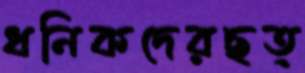
ধনিকদেরছত্